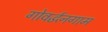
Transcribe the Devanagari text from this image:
गोवर्द्धनगाम